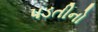
પડતીનો